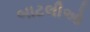
બાટલીઓ